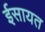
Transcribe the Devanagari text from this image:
ईसायत